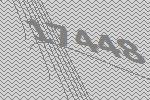
17448